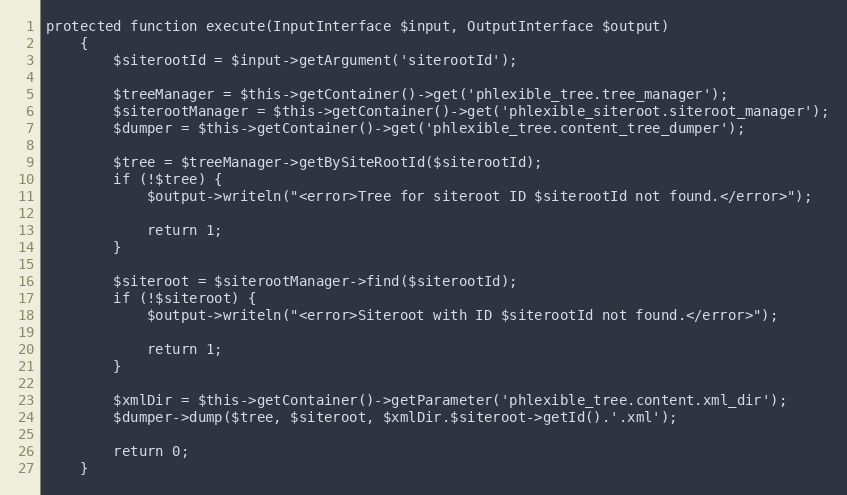
Language: PHP
protected function execute(InputInterface $input, OutputInterface $output)
    {
        $siterootId = $input->getArgument('siterootId');

        $treeManager = $this->getContainer()->get('phlexible_tree.tree_manager');
        $siterootManager = $this->getContainer()->get('phlexible_siteroot.siteroot_manager');
        $dumper = $this->getContainer()->get('phlexible_tree.content_tree_dumper');

        $tree = $treeManager->getBySiteRootId($siterootId);
        if (!$tree) {
            $output->writeln("<error>Tree for siteroot ID $siterootId not found.</error>");

            return 1;
        }

        $siteroot = $siterootManager->find($siterootId);
        if (!$siteroot) {
            $output->writeln("<error>Siteroot with ID $siterootId not found.</error>");

            return 1;
        }

        $xmlDir = $this->getContainer()->getParameter('phlexible_tree.content.xml_dir');
        $dumper->dump($tree, $siteroot, $xmlDir.$siteroot->getId().'.xml');

        return 0;
    }